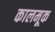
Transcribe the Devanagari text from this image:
कालमूक